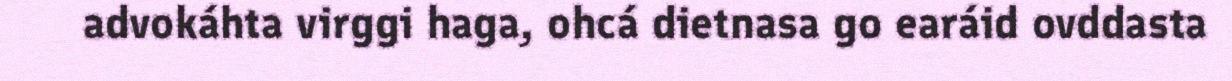
advokáhta virggi haga, ohcá dietnasa go earáid ovddasta